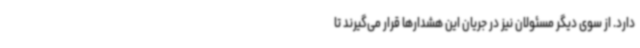
دارد. از سوی دیگر مسئولان نیز در جریان این هشدارها قرار می‌گیرند تا